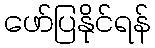
ဖော်ပြနိုင်ရန်